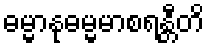
ဓမ္မာနုဓမ္မမာစရန္တီတိ